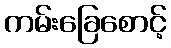
ကမ်းခြေစောင့်